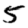
Digit: 5